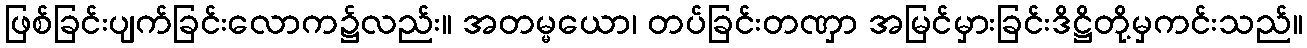
ဖြစ်ခြင်းပျက်ခြင်းလောက၌လည်း။ အတမ္မယော၊ တပ်ခြင်းတဏှာ အမြင်မှားခြင်းဒိဋ္ဌိတို့မှကင်းသည်။